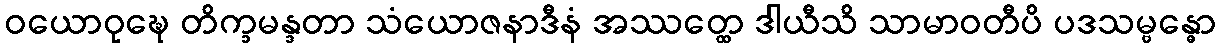
ဝယောဝုဍ္ဎေ တိက္ခမန္ဒတာ သံယောဇနာဒီနံ အဿတ္ထေ ဒါယီသိ သာမာဝတီပိ ပဒသမ္ဗန္ဓော